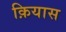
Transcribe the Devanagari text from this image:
क़ियास